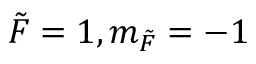
\Tilde { F } = 1 , m _ { \Tilde { F } } = - 1